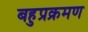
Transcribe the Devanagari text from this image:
बहुप्रक्रमण